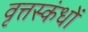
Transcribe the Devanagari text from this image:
वृत्तस्कंधों